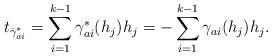
LaTeX: \begin{align*}t_{\bar{\gamma}^*_{ai}}=\sum_{i=1}^{k-1}{\gamma}^*_{ai}(h_j)h_j=-\sum_{i=1}^{k-1}\gamma_{ai}(h_j)h_j.\end{align*}